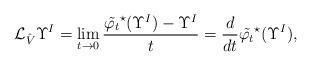
LaTeX: \begin{align*} {\mathcal{L}_{\hat{V}} \Upsilon^I=\lim_{t\rightarrow 0}\frac{\tilde{\varphi_t}^{\star}(\Upsilon^{I})-\Upsilon^{I}}{t}}=\frac{d}{dt}\tilde{\varphi_t}^{\star}(\Upsilon^{I}),\end{align*}